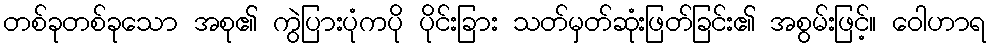
တစ်ခုတစ်ခုသော အစု၏ ကွဲပြားပုံကပို ပိုင်းခြား သတ်မှတ်ဆုံးဖြတ်ခြင်း၏ အစွမ်းဖြင့်။ ဝေါဟာရ